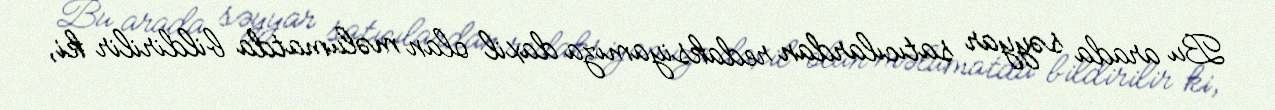
Bu arada səyyar satıcılardan redaksiyamıza daxil olan məlumatda bildirilir ki,